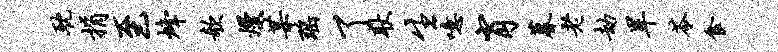
耽捐至烽欹熳某瑶了耿生噫肖暮老劫旱苓食